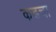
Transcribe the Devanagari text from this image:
कडचा